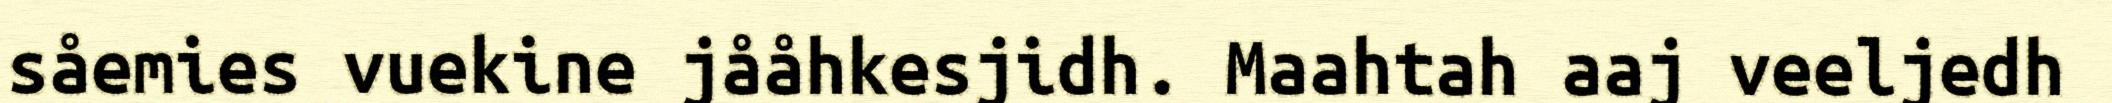
såemies vuekine jååhkesjidh. Maahtah aaj veeljedh